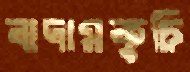
বাদামকুচি